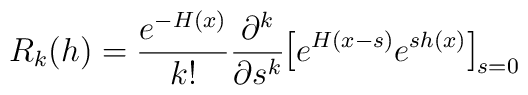
R_k(h) = {{e^{- H(x)}} \over {k!}} {{\partial^k}\over {\partial s^k}} \mbox{\large[} e^{H(x-s)}e^{sh(x)}\mbox{\large]}_{s=0}